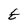
Character: E